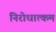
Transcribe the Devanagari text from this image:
निरोधात्कम